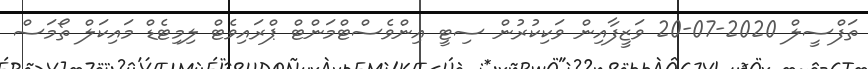
ތަފްސީލް 2020-07-20 ވަޒީފާއިން ވަކިކުރުން ސިޓީ އިންވެސްޓްމަންޓް ޕްރައިވެޓް ލިމިޓެޑް މައިކަލް ތޯމަސް